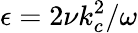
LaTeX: \epsilon=2\nu k_{c}^{2}/\omega